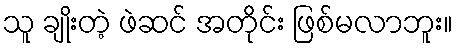
သူ ချိုးတဲ့ ဖဲဆင် အတိုင်း ဖြစ်မလာဘူး။